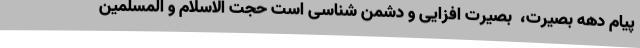
پیام دهه بصیرت،  بصیرت افزایی و دشمن شناسی است حجت الاسلام و المسلمین